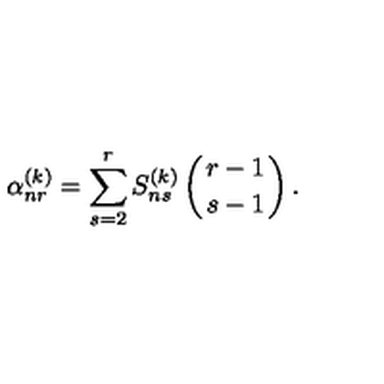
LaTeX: \alpha _ { n r } ^ { ( k ) } = \sum _ { s = 2 } ^ { r } S _ { n s } ^ { ( k ) } \left( r - 1 \atop { s - 1 } \right) .